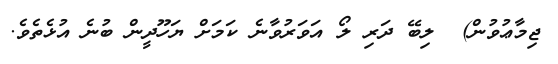
ޖިމާޢުވުން)  ލިބޭ ދަރި ލޯ އަވަރުވާނެ ކަމަށް ޔަހޫދީން ބުނެ އުޅެތެވެ.